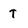
Character: T